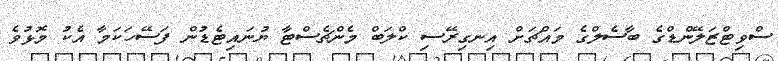
ސްވިޓްޒަލޭންޑްގެ ބާސެލްގެ މައްޗަށް އިނގިރޭސި ކްލަބް މެންޗެސްޓާ ޔުނައިޓެޑުން ފަސޭހަކަމާ އެކު މޮޅުވެ